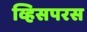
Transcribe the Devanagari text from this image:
व्हिसपरस